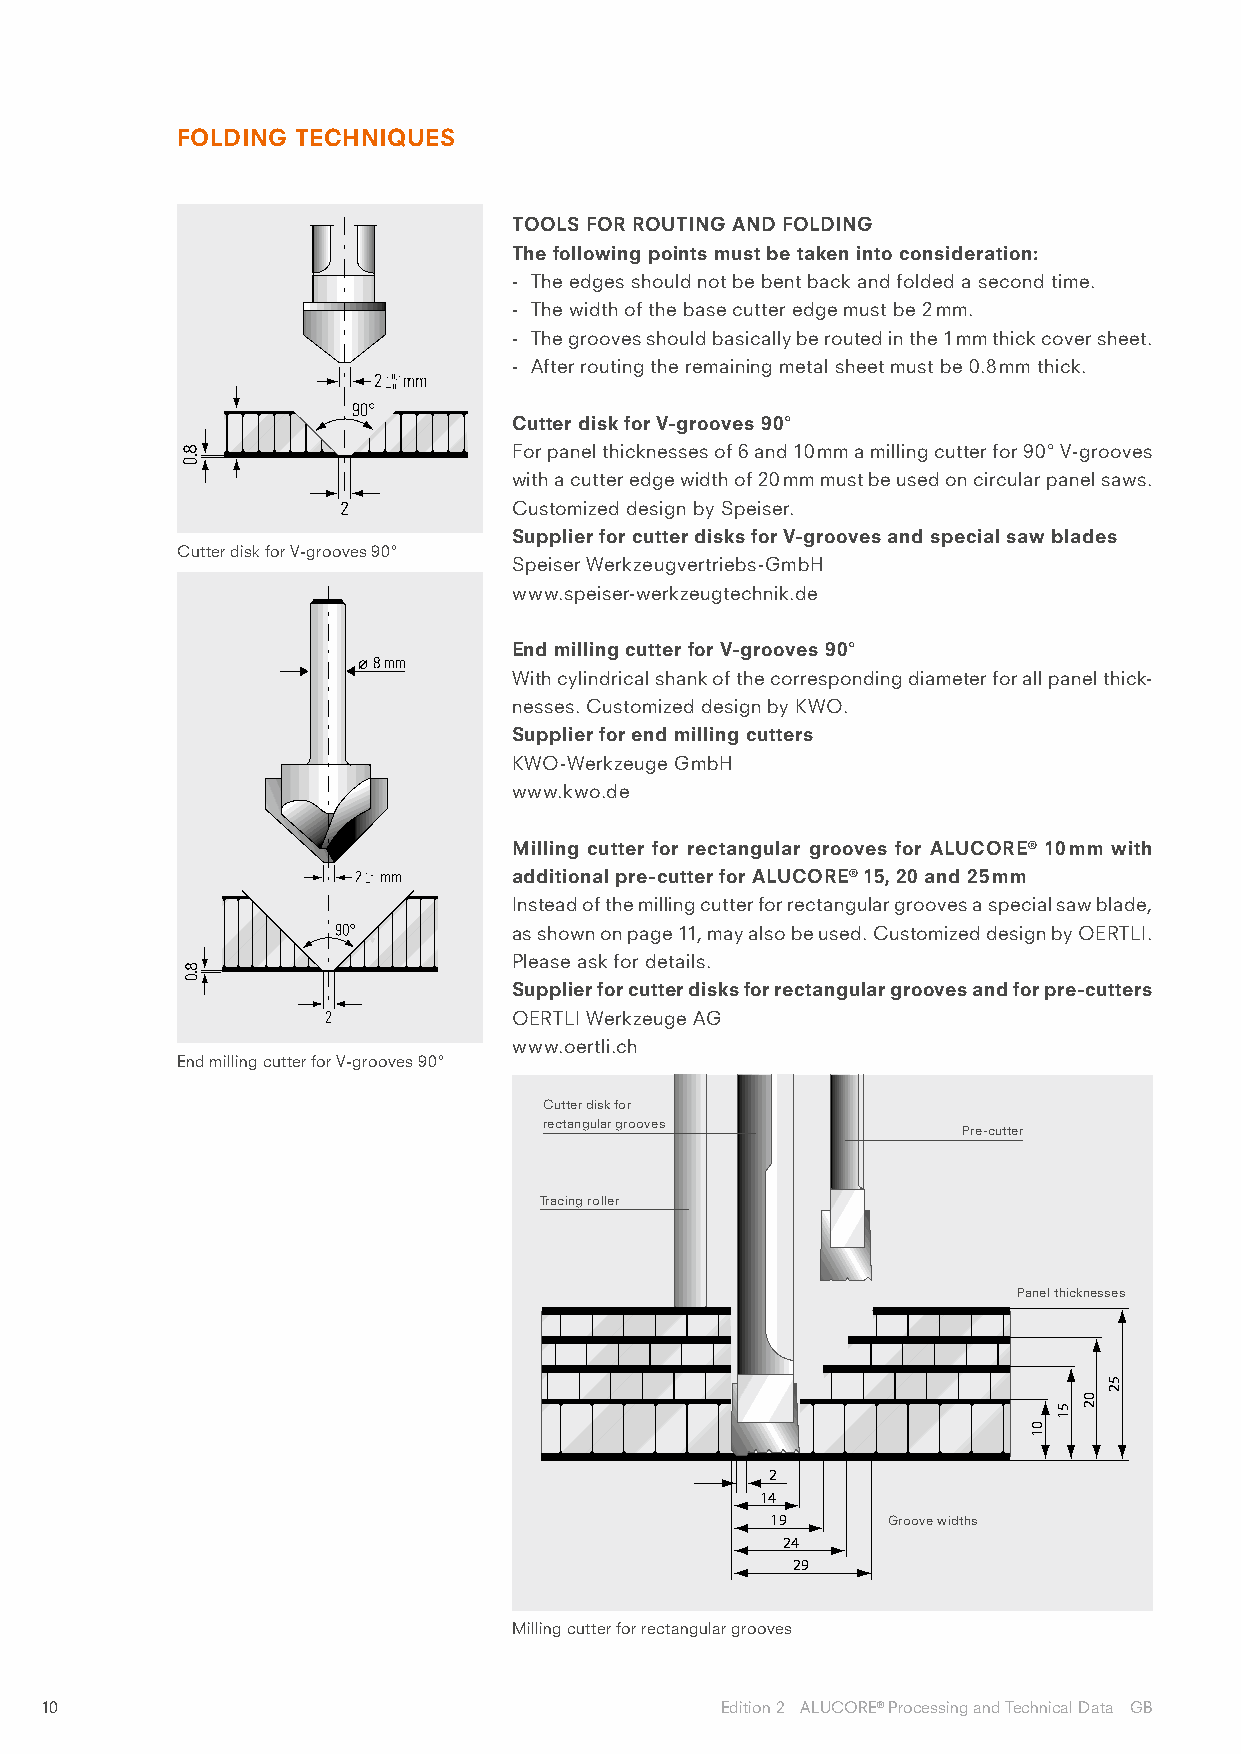
FOLDING TECHNIQUES
 TOOLS FOR ROUTING AND FOLDING
 The following points must be taken into consideration:
 - The edges should not be bent back and folded a second time.
 - The width of the base cutter edge must be 2 mm.
 - The grooves should basically be routed in the 1 mm thick cover sheet.
 - After routing the remaining metal sheet must be 0.8 mm thick.
 Cutter disk for V-grooves 90°
 For panel thicknesses of 6 and 10 mm a milling cutter for 90° V-grooves
 with a cutter edge width of 20 mm must be used on circular panel saws.
 Customized design by Speiser.
 Supplier for cutter disks for V-grooves and special saw blades
 Cutter disk for V-grooves 90°
 Speiser Werkzeugvertriebs-GmbH
 www.speiser-werkzeugtechnik.de
 End milling cutter for V-grooves 90°
 With cylindrical shank of the corresponding diameter for all panel thick-
 nesses. Customized design by KWO.
 Supplier for end milling cutters
 KWO-Werkzeuge GmbH
 www.kwo.de
 Milling cutter for rectangular grooves for ALUCORE® 10 mm with
 additional pre-cutter for ALUCORE® 15, 20 and 25 mm
 Instead of the milling cutter for rectangular grooves a special saw blade,
 as shown on page 11, may also be used. Customized design by OERTLI.
 Please ask for details.
 Supplier for cutter disks for rectangular grooves and for pre-cutters
 OERTLI Werkzeuge AG
 www.oertli.ch
 End milling cutter for V-grooves 90°
 Cutter disk for
 rectangular grooves
 Pre-cutter
 Tracing roller
 Panel thicknesses
 2
 14
 19      Groove widths
 24
 29
 Milling cutter for rectangular grooves
 10                                           Edition 2 ALUCORE® Processing and Technical Data GB
 01
 51
 02
 52